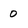
Character: 0